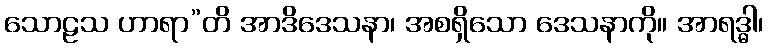
သောဠသ ဟာရာ”တိ အာဒိဒေသနာ၊ အစရှိသော ဒေသနာကို။ အာရဒ္ဓါ၊